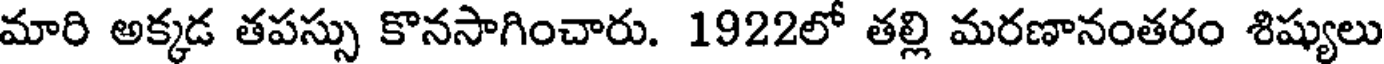
మారి అక్కడ తపస్సు కొనసాగించారు. 1922లో తల్లి మరణానంతరం శిష్యులు